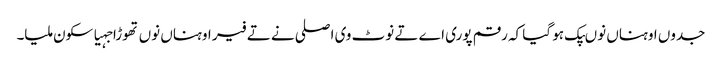
جدوں اوہناں نوںپک ہو گیا کہ رقم پوری اے تے نوٹ وی اصلی نے تے فیر اوہناں نوں تھوڑا جہیا سکون ملیا۔